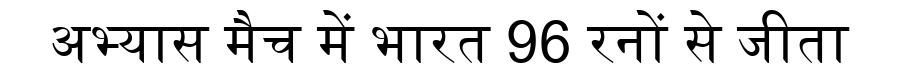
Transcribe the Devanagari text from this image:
अभ्यास मैच में भारत 96 रनों से जीता